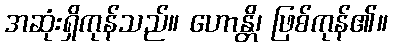
အဆုံးရှိကုန်သည်။ ဟောန္တိ၊ ဖြစ်ကုန်၏။